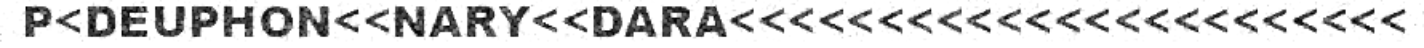
P<DEUPHON<<NARY<<DARA<<<<<<<<<<<<<<<<<<<<<<<